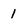
Character: 1